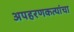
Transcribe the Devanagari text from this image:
अपहरणकत्यांचा